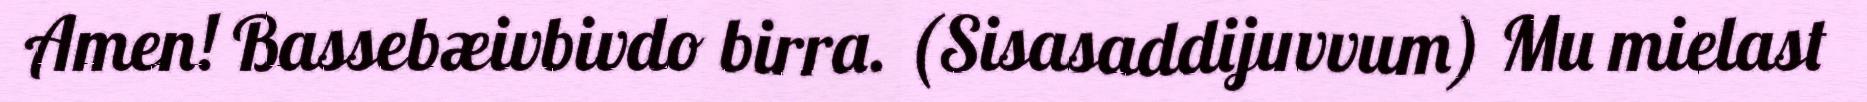
Amen! Bassebæivbivdo birra. (Sisasaddijuvvum) Mu mielast